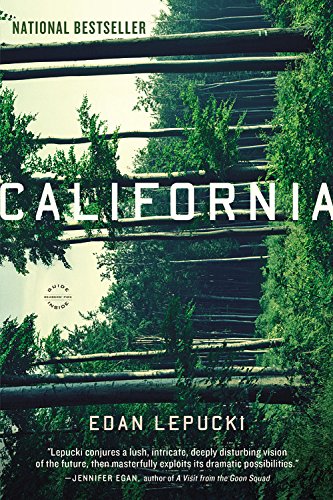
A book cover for California: A Novel; Edan Lepucki; Science Fiction & Fantasy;